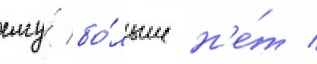
ему́ бо́льше н'е́т /